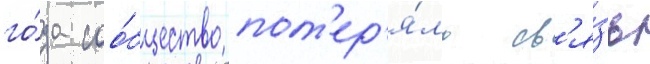
го́да соо́бщество пот'ер'я́ло св'я́зь